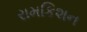
રામકિશન